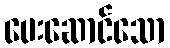
ပေးဆောင်သော